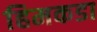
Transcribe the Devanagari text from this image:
हिमकडा